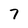
Character: 7